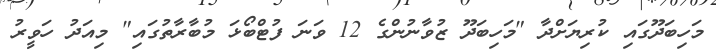
މަހިބަދޫގައި ކުރިޔަށްދާ "މަހިބަދޫ ޒުވާނުންގެ 12 ވަނަ ފުޓްބޯޅަ މުބާރާތުގައި" މިއަދު ހަވީރު